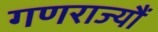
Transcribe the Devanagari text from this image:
गणराज्यौं